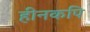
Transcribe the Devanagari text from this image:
हीनकपि